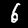
Digit: 6